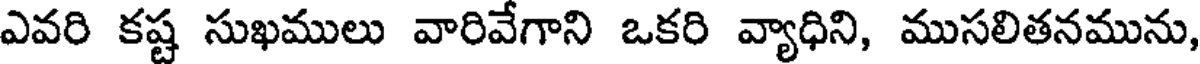
ఎవరి కష్ట సుఖములు వారివేగాని ఒకరి వ్యాధిని, ముసలితనమును,